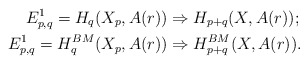
\begin{align*}E^1_{p,q} = H_q(X_p,A(r)) &\Rightarrow H_{p+q}(X,A(r));\\E^1_{p,q} = H_q^{BM}(X_p,A(r)) &\Rightarrow H_{p+q}^{BM}(X,A(r)).\\\end{align*}